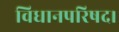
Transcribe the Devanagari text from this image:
विधानपरिषद।